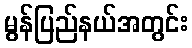
မွန်ပြည်နယ်အတွင်း